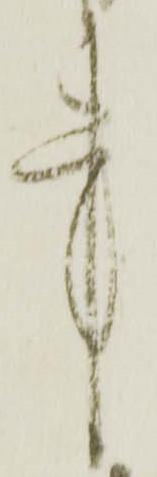
事